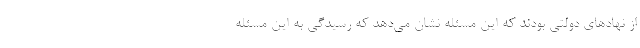
از نهادهای دولتی بودند که این مسئله نشان می‌دهد که رسیدگی به این مسئله